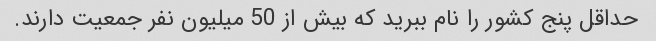
حداقل پنج کشور را نام ببرید که بیش از 50 میلیون نفر جمعیت دارند.